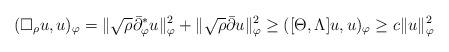
LaTeX: \begin{align*}(\Box_\rho u,u)_\varphi=\|\sqrt{\rho} \bar{\partial}^\ast_\varphi u\|^2_\varphi+\|\sqrt{\rho}\bar{\partial}u\|^2_\varphi\ge ([\Theta,\Lambda]u,u)_\varphi\ge c\|u\|_\varphi^2\end{align*}